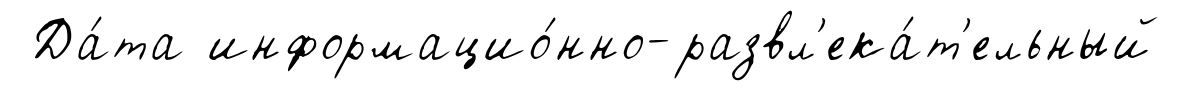
Да́та информацио́нно-развл'ека́т'ельный